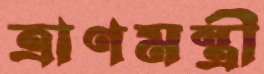
ত্রাণমন্ত্রী